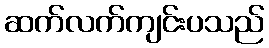
ဆက်လက်ကျင်းပသည်